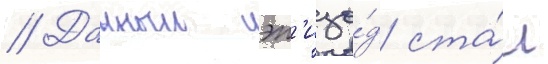
// Данныи эп'изо́д ста́л